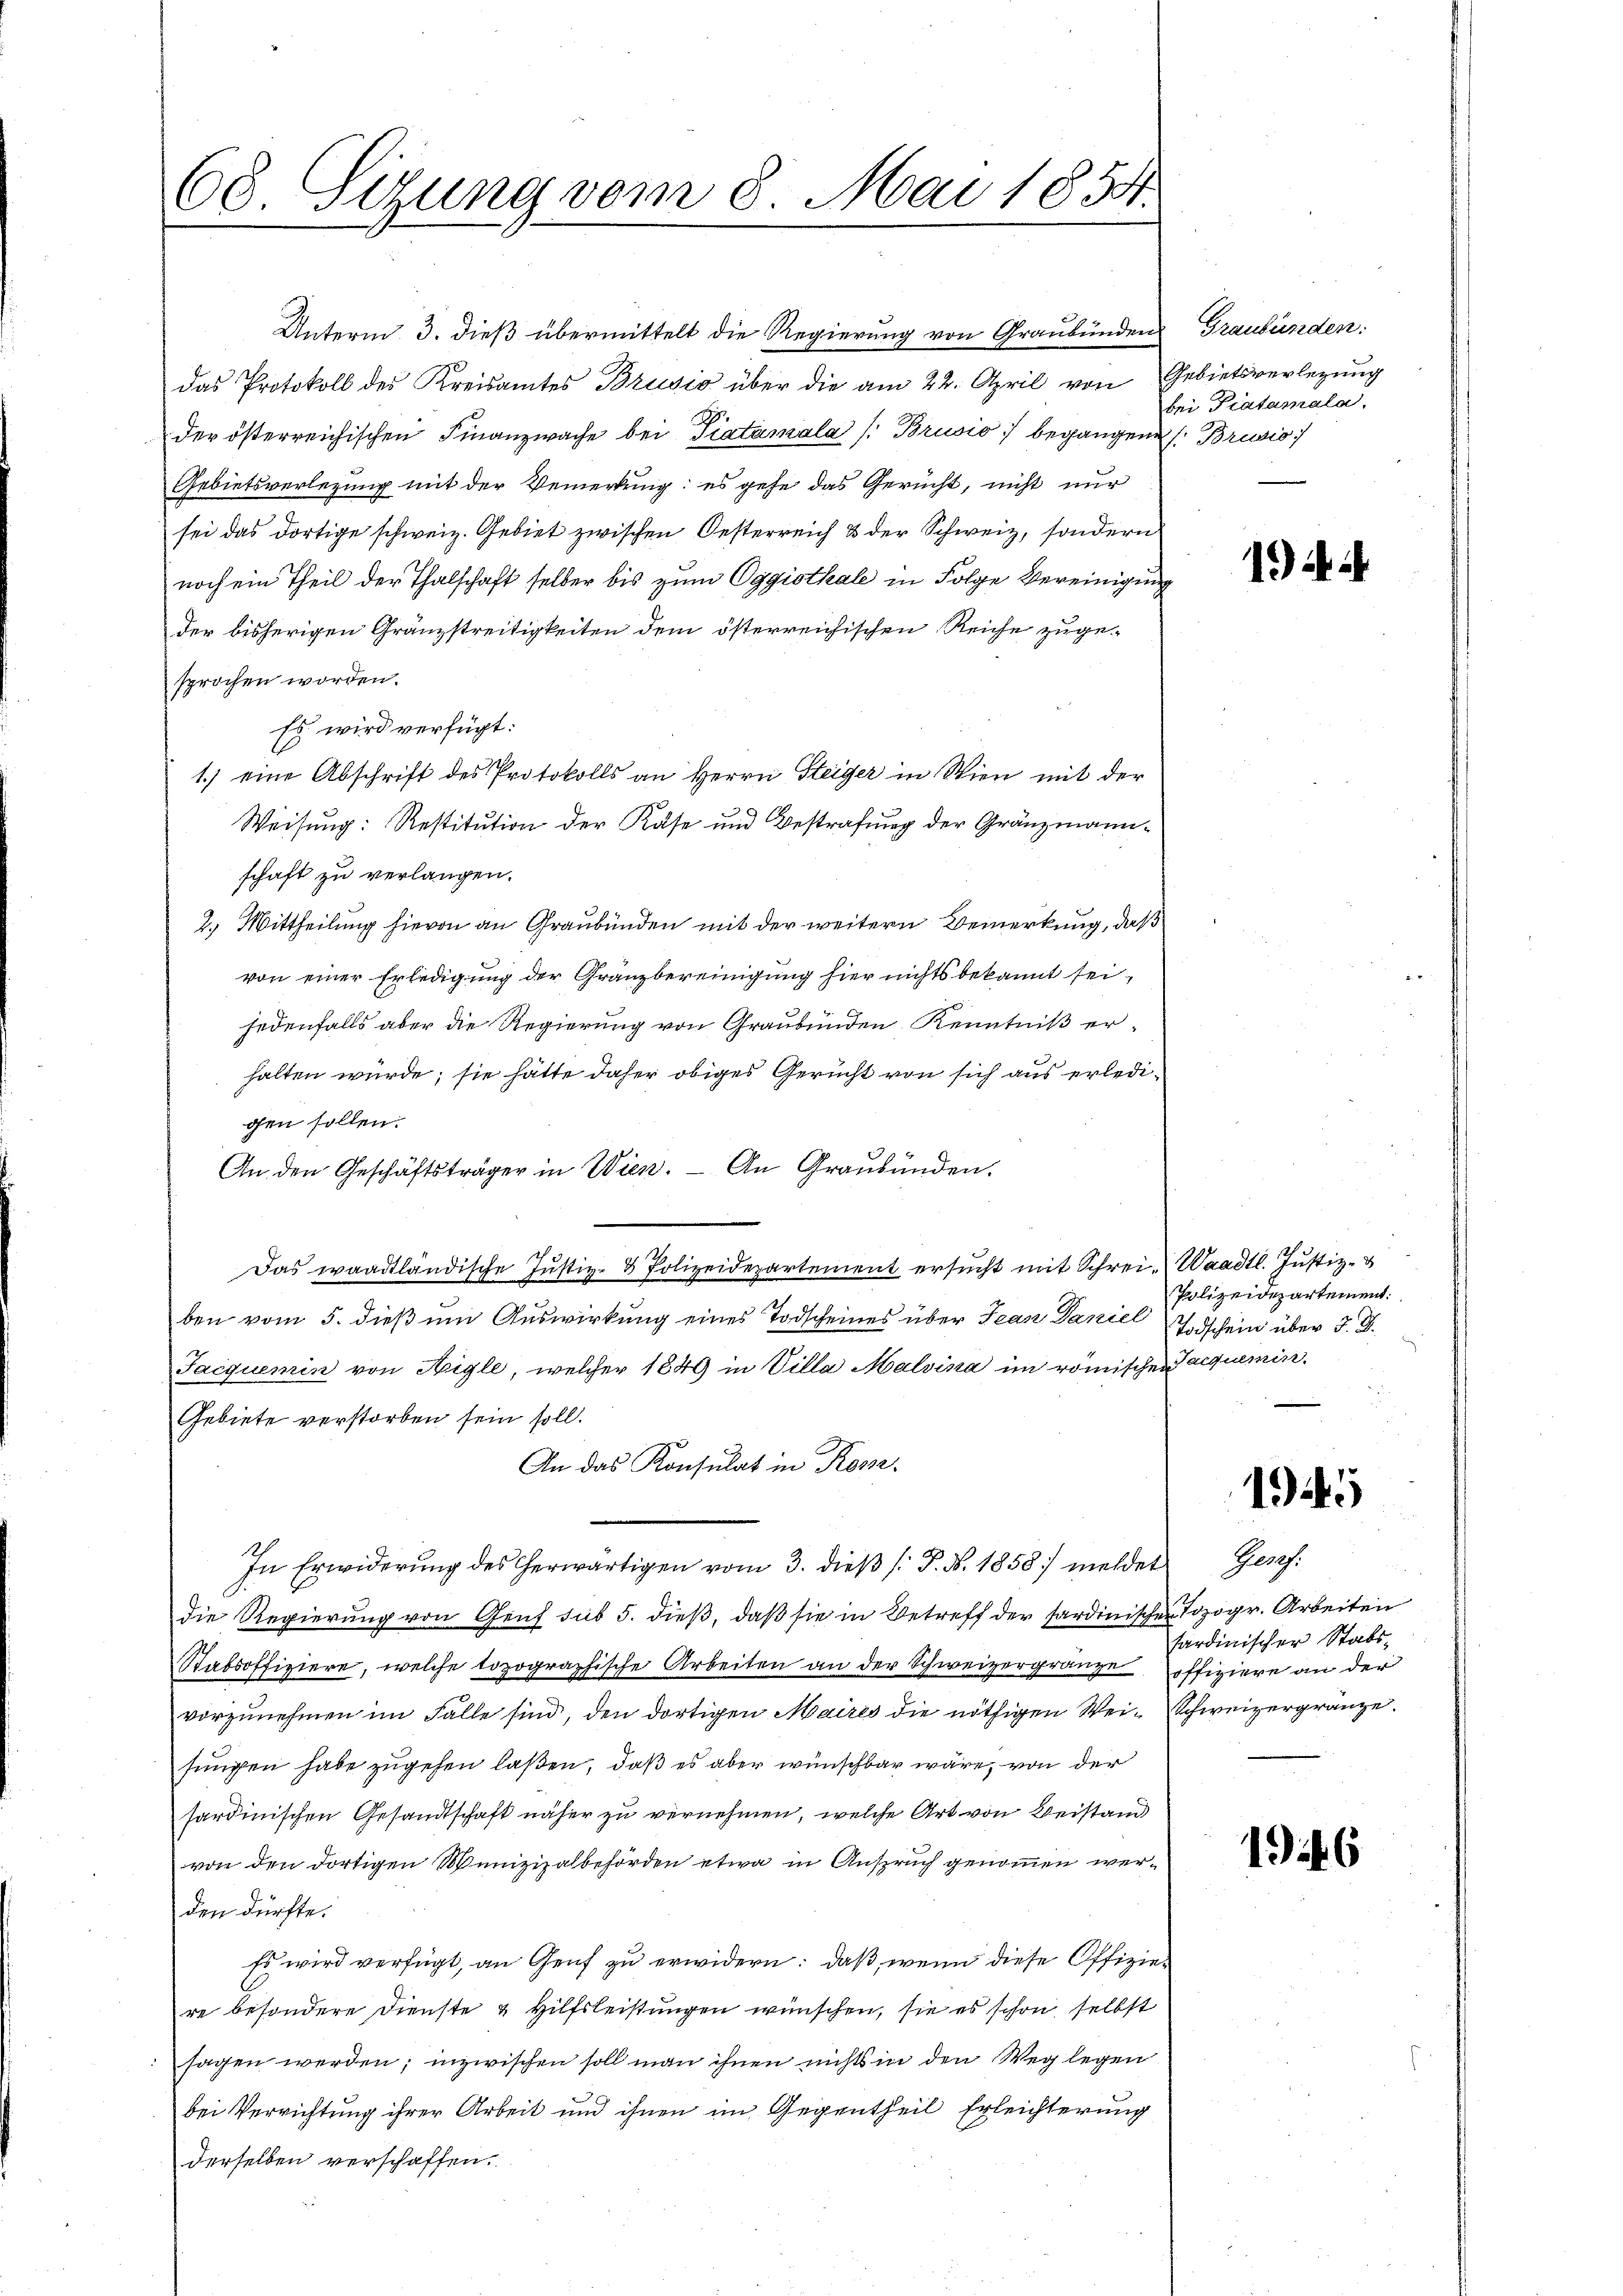
68. Sizung vom 8. Mai 1854.

Unterm 3. dieß übermittelt die Regierung von Graubünden Graubünden.
das Protokoll des Kreisamtes Brusio über die am 22. April von Gebietsverlegung
der österreichischen Finanzwache bei Piatamala /: Brusio begangenes Brusio
Gebietsverlegung mit der Bemerkung: es gehe das Gericht, nicht nur
sei das dortige schweiz. Gebiet zwischen Oesterreich & der Schweiz, sondern
noch ein Theil der Thalschaft selber bis zum Eggisthale in Folge Vereinigung
der bisherigen Gränzstreitigkeiten dem österreichischen Reiche zuge-
sprochen worden.
Es wird verfügt:
1.) eine Abschrift des Protokolls an Herrn Steiger in Wien mit der
Weisung: Restitution der Kase und Bestrafung der Gränzmannschaft zu verlangen.
2.) Mittheilung hievon an Graubünden mit der weitern Bemerkung, daß
von einer Erledigung der Gränzbereinigung hier nichts bekannt sei,
jedenfalls aber die Regierung von Graubünden Kenntniß erhalten würde; sie hätte daher obiges Gericht von sich aus erledigen sollen.
An den Geschäftsträger in Wien. An Graubünden.
Das waadtländische Jŭstiz- & Polizeidepartement ersŭcht mit Schrei- Waadt. Justiz- &
ben vom 5. dieß um Auswirkung eines Todscheines über Jean Daniel
Jacquemin von Aigle, welcher 1849 in Villa Malvina im römischen Jacquemin¬
Gebiete verstorben sein soll.
An das Konsulat in Kom¬
In Erwiderŭng des herwärtigen vom 3. dieβ (: P. Nr. 1858 melder Ges.
Die Regierung von Genf sub 5. dieß, daß sie in Betreff der sardinischen Topogr. Arbeiten
Stabsoffiziere, welche topographische Arbeiten an der Schweizergränze offiziere an der
vorzunehmen im Falle sind, den dortigen Maires die nöthigen Wei-Schweizergränze.
sungen habe zugehen laßen, daß es aber wünschbar wäre, von der
sardinischen Gesandtschaft näher zu vernehmen, welche Art von Beistand
von den dortigen Munizipalbehörden etwa in Anspruch genommen werden dürfte.
Es wird verfügt, an Genf zu erwidern: daß, wenn diese Offiziere besondere Dienste & Hilfsleistungen wünschen, sie es schon selbst
sagen werden; inzwischen soll man ihnen nichts in den Weg legen
bei Verrichtung ihrer Arbeit und ihnen im Gegentheil Erleichterung
derselben verschaffen.

bei Pratamala.

1)

Polizeidepartement.
Todschein über J. J.

1945

fardinischer Stabs¬

19446